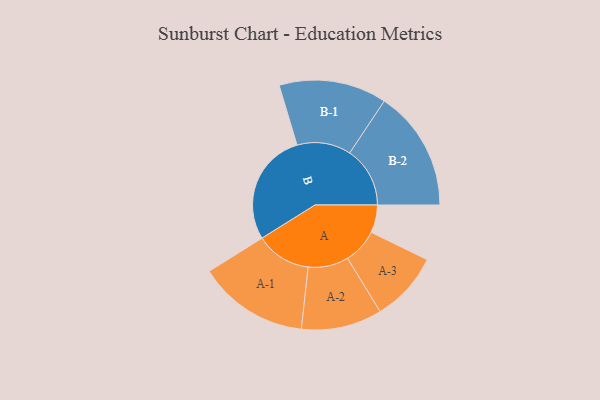
{"axis": {"x": "Segment", "y": "Value"}, "legend": ["", "A", "B"], "data": [{"x": "A", "y": 117, "type": ""}, {"x": "B", "y": 475, "type": ""}, {"x": "A-1", "y": 233, "type": "A"}, {"x": "A-2", "y": 170, "type": "A"}, {"x": "A-3", "y": 147, "type": "A"}, {"x": "B-1", "y": 227, "type": "B"}, {"x": "B-2", "y": 254, "type": "B"}]}